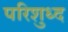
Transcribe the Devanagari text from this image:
परिशुध्द